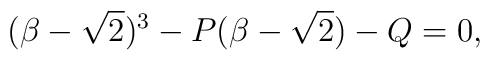
(\beta -\sqrt{2})^3 - P (\beta -\sqrt{2}) - Q = 0,